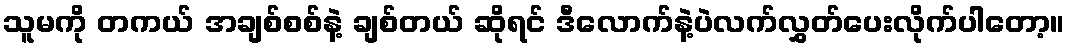
သူမကို တကယ် အချစ်စစ်နဲ့ ချစ်တယ် ဆိုရင် ဒီလောက်နဲ့ပဲလက်လွှတ်ပေးလိုက်ပါတော့။